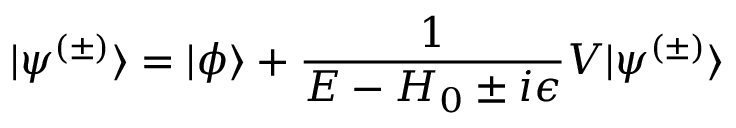
| \psi ^ { ( \pm ) } \rangle = | \phi \rangle + { \frac { 1 } { E - H _ { 0 } \pm i \epsilon } } V | \psi ^ { ( \pm ) } \rangle